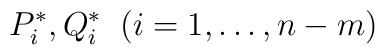
{P}^{\ast}_i, {Q}^{\ast}_i \;\; (i=1,\dots, n-m)